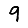
Digit: 9